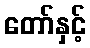
တော်နှင့်